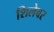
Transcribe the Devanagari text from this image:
शिलेवर